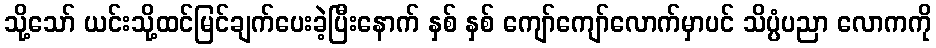
သို့သော် ယင်းသို့ထင်မြင်ချက်ပေးခဲ့ပြီးနောက် နှစ် နှစ် ကျော်ကျော်လောက်မှာပင် သိပ္ပံပညာ လောကကို